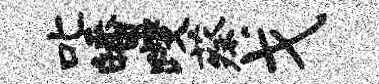
叱皤躞蔡戈